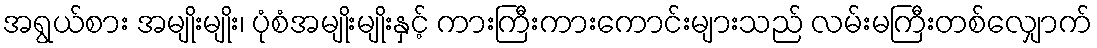
အရွယ်စား အမျိုးမျိုး၊ ပုံစံအမျိုးမျိုးနှင့် ကားကြီးကားကောင်းများသည် လမ်းမကြီးတစ်လျှောက်